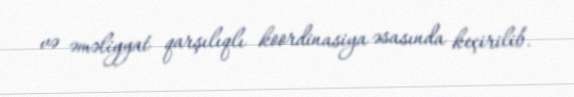
və əməliyyat qarşılıqlı koordinasiya əsasında keçirilib.